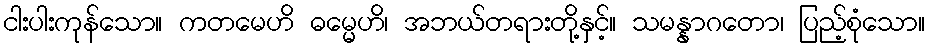
ငါးပါးကုန်သော။ ကတမေဟိ ဓမ္မေဟိ၊ အဘယ်တရားတို့နှင့်။ သမန္နာဂတော၊ ပြည့်စုံသော။